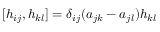
[ h _ { i j } , h _ { k l } ] = \delta _ { i j } ( a _ { j k } - a _ { j l } ) h _ { k l }